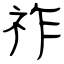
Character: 祚